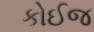
કોઈજ